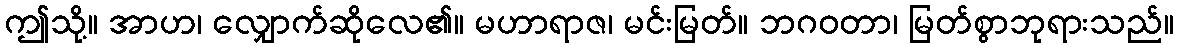
ဤသို့။ အာဟ၊ လျှောက်ဆိုလေ၏။ မဟာရာဇ၊ မင်းမြတ်။ ဘဂဝတာ၊ မြတ်စွာဘုရားသည်။